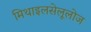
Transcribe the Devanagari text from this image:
मिथाइलसेलूलोज